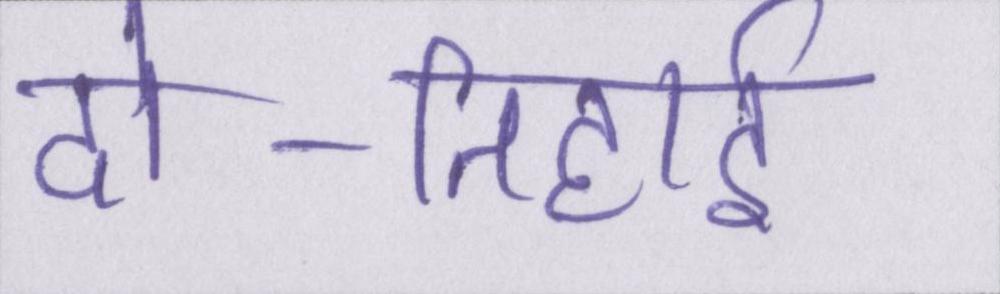
दो-तिहाई